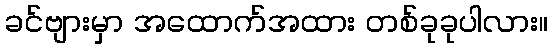
ခင်ဗျားမှာ အထောက်အထား တစ်ခုခုပါလား။